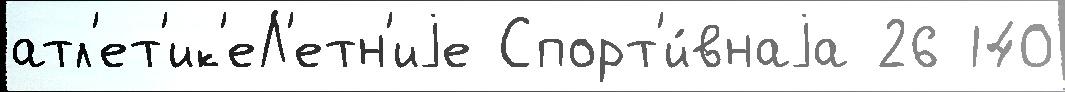
атл'ет'ик'еЛ'етн'иjе Спорт'и́внаjа 26 140